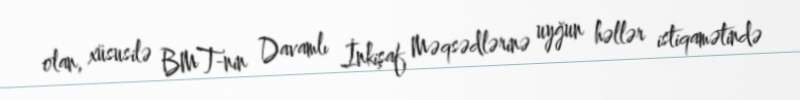
olan, xüsusilə BMT-nin Davamlı İnkişaf Məqsədlərinə uyğun həllər istiqamətində